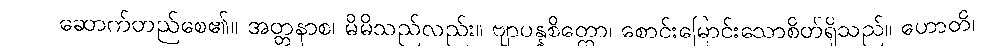
ဆောက်တည်စေ၏။ အတ္တနာစ၊ မိမိသည်လည်း။ ဗျာပန္နစိတ္တော၊ စောင်းမြောင်းသောစိတ်ရှိသည်။ ဟောတိ၊